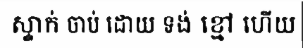
ស្ទាក់ ចាប់ ដោយ ទង់ ខ្មៅ ហើយ